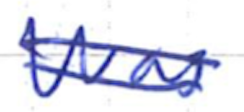
Text: was
Cross-out: mix
Writing tool: ballpoint